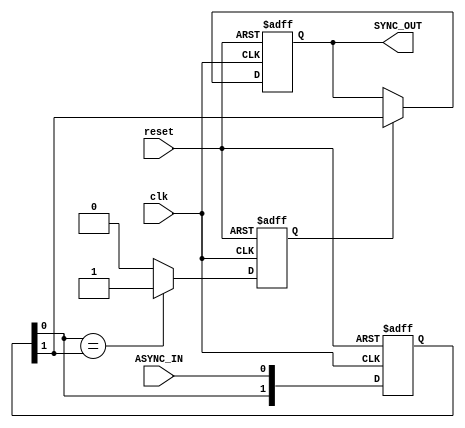
module async_to_sync_converter (
    input wire clk,              // Synchronous clock input
    input wire reset,            // Asynchronous reset signal
    input wire ASYNC_IN,         // Asynchronous input signal
    output reg SYNC_OUT          // Synchronized output signal
);

    // Internal signals for metastability handling
    reg [1:0] sync_reg;          // Double flip-flop for synchronization
    reg stable;                  // Signal indicating if ASYNC_IN is stable

    // Flip-flops for synchronization
    always @(posedge clk or posedge reset) begin
        if (reset) begin
            sync_reg <= 2'b00;   // Initialize the sync register on reset
            SYNC_OUT <= 1'b0;    // Initialize SYNC_OUT on reset
            stable <= 1'b0;       // Initialize stable signal on reset
        end else begin
            // Shift the asynchronous signal into the sync register
            sync_reg <= {sync_reg[0], ASYNC_IN};

            // Simple stable detection logic: signal is stable if it hasn't changed
            if (sync_reg[0] == sync_reg[1]) begin
                stable <= 1'b1;     // Signal is stable
            end else begin
                stable <= 1'b0;     // Signal is not stable
            end

            // Output the stable signal
            if (stable) begin
                SYNC_OUT <= sync_reg[1]; // Update the SYNC_OUT with the stable value
            end
        end
    end

endmodule